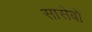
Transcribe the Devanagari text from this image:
सासेबो